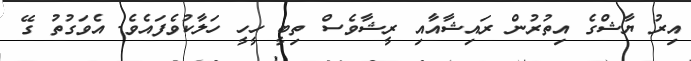
އިރު ޔާޝްގެ އިތުރުން ރައިޝާއާއި ރީޝާވެސް ތިބީ ހީހީ ހަލާކުވެފައެވެ. އެވަގުތު ގޭ